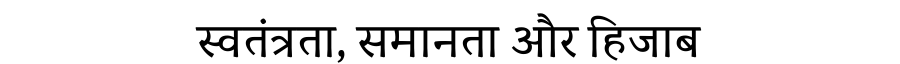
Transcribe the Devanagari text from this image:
स्वतंत्रता, समानता और हिजाब